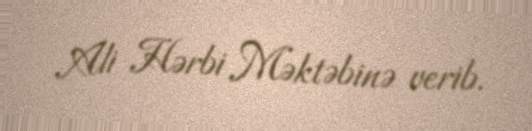
Ali Hərbi Məktəbinə verib.